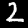
Digit: 2